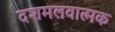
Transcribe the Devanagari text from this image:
दशमलवात्मक